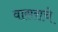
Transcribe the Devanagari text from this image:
वासराचे